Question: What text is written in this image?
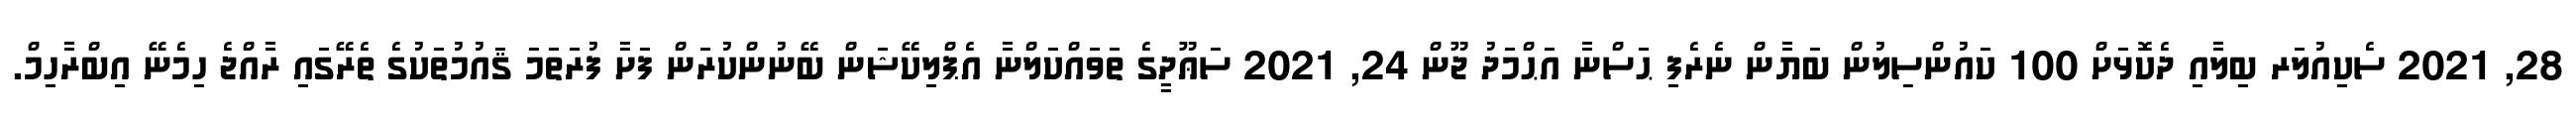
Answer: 28, 2021 ސެކިއުލަރ ބިލާއި ދެކޮޅަށް 100 ކައުންސިލުން ބަޔާން ނެރެފި ޙަސްނާ އަޙްމަދު ޖޫން 24, 2021 ސަޢޫދީގެ ތަވައްކަލްނާ އެޕްލިކޭޝަން ބޭނުންކުރަން ފަށާ ފުރަތަމަ ޤައުމުތަކުގެ ތެރޭގައި ރާއްޖެ ހިމެނޭ އިބްރާހިމް.